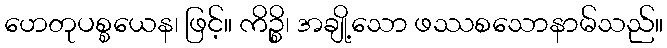
ဟေတုပစ္စယေန၊ ဖြင့်။ ကိဉ္စိ၊ အချို့သော ဖဿစသောနာမ်သည်။